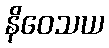
နိဝေသယ